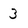
Character: 3